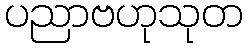
ပညာဗဟုသုတ